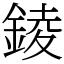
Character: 錂